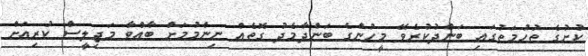
ކުށުގެ ތުހުމަތުގައި ބަންދުކުރެވޭ މީހުންގެ ބަންދާމެދު ގޮތެއް ނިންމުމަށް ބާއްވާ މަޖިލީސް ކުރިއަށް